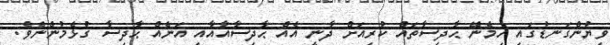
ވިޔުންގަނޑުގައި ހިމެނޭ ޙާދިސާތައް ކުރިއަށް ދާނީ އެއް ޙާދިސާއާއާއި އަނެއް ޙާދިސާ ގުޅެމުންނެވެ.